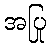
အပြု